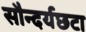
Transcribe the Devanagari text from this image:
सौन्दर्यछटा